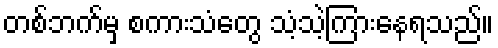
တစ်ဘက်မှ စကားသံတွေ သံ့သဲ့ကြားနေရသည်။